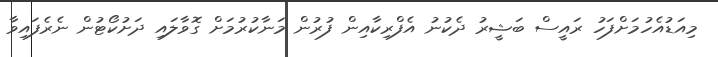
މިއަޑުއެހުމަށްފަހު ރައީސް ބަޝީރު ދެކުނު އެފްރިކާއިން ފުރުން މަނާކުރުމަށް ގޮވާލައި ދަށުކޯޓުން ނެރެފައިވާ